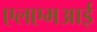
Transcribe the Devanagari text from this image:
एलएमआई